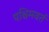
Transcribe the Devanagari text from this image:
पश्चिमवर्त